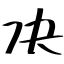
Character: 决